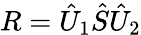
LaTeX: R=\hat{U}_{1}\hat{S}\hat{U}_{2}